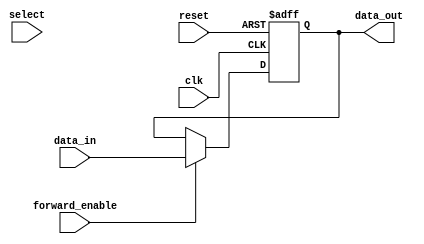
module ForwardingRegister (
    input wire clk,                // Clock signal
    input wire reset,              // Asynchronous reset signal
    input wire [31:0] data_in,     // Input data to be stored in the register
    input wire forward_enable,      // Control signal to enable forwarding
    input wire [1:0] select,        // Control signal to select between multiple inputs
    output reg [31:0] data_out      // Output data
);

    // Internal storage for the register
    reg [31:0] register_value;

    // Always block triggered on the rising edge of the clock or reset
    always @(posedge clk or posedge reset) begin
        if (reset) begin
            // Clear the register on reset
            register_value <= 32'b0;
        end else if (forward_enable) begin
            // Store the input data when forwarding is enabled
            register_value <= data_in;
        end
        // If forward_enable is not asserted, retain the previous value
    end

    // Assign the output based on the current state of the register
    always @(*) begin
        data_out = register_value;
    end

endmodule